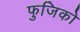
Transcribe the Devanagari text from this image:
फुजिको